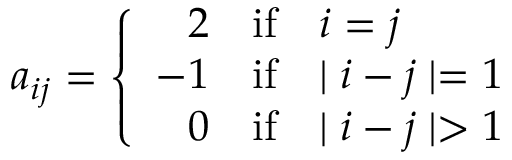
a _ { i j } = \left\{ \begin{array} { r l l } { { 2 } } & { { \mathrm { i f } } } & { { i = j } } \\ { { - 1 } } & { { \mathrm { i f } } } & { { \mid i - j \mid = 1 } } \\ { { 0 } } & { { \mathrm { i f } } } & { { \mid i - j \mid > 1 } } \end{array} \right.